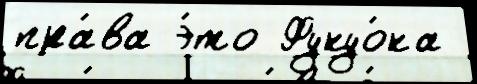
пра́ва э́то Фукуо́ка